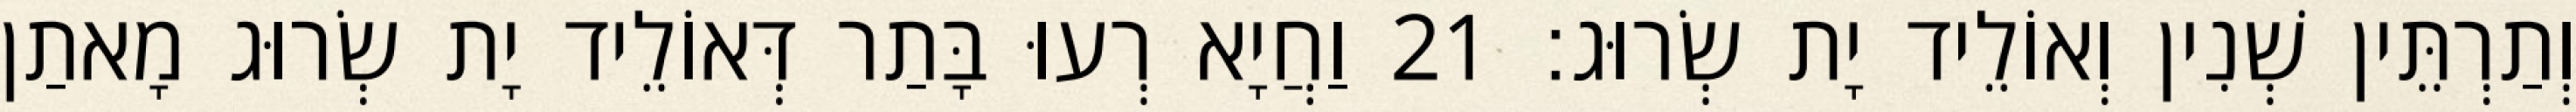
וְתַרְתֵּין שְׁנִין וְאוֹלֵיד יָת שְׂרוּג׃ 21 וַחֲיָא רְעוּ בָּתַר דְּאוֹלֵיד יָת שְׂרוּג מָאתַן